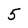
Character: 5